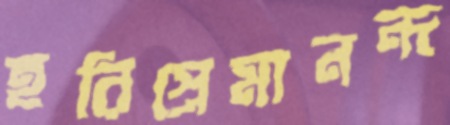
হরিপ্রেমানন্দ